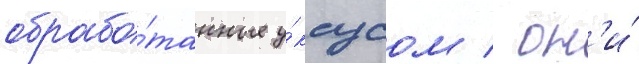
обрабо́танные у́ксусом / он'и́